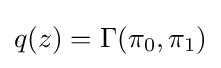
q(z)=\Gamma (\pi _{0},\pi _{1})